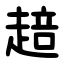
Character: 䞳